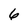
Character: 6